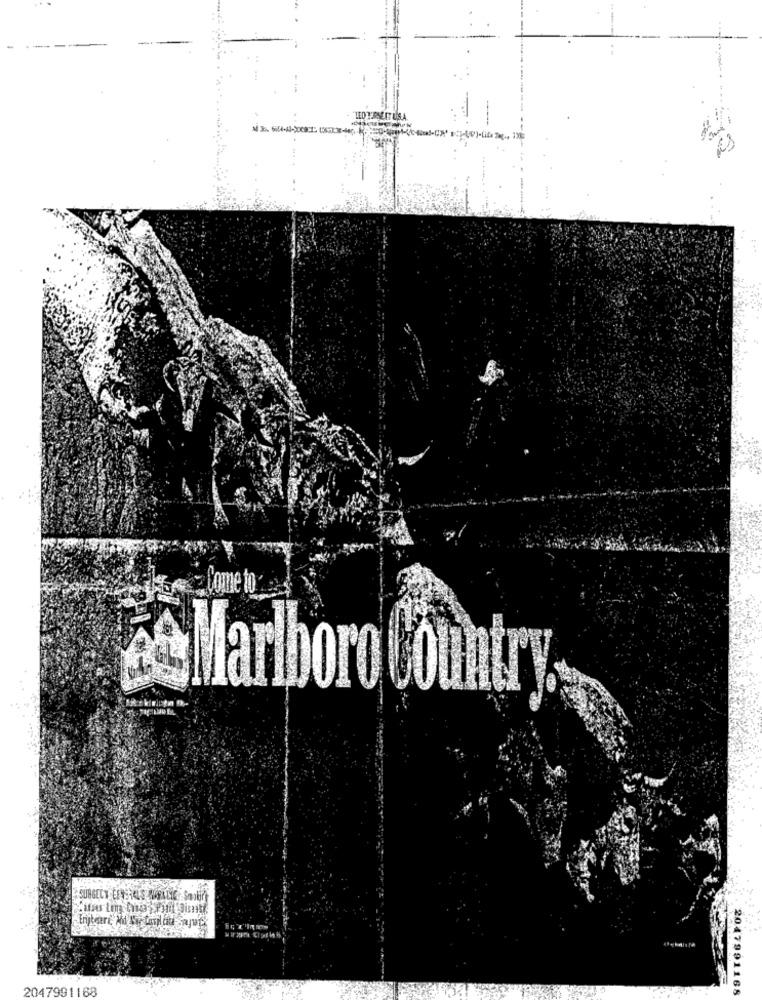
Come to
a&Marlboro Country
2047991168
2047991168